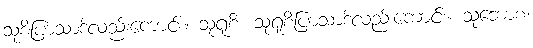
သုစိပြာသာဒ်လည်းကောင်း။ သုရုစိ၊ သုရုစိပြာသာဒ်လည်းကောင်း။ သုဘောစ၊